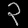
Digit: ၃